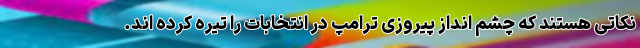
نکاتی هستند که چشم انداز پیروزی ترامپ در انتخابات را تیره کرده اند.